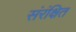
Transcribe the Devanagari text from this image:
संरंक्षित